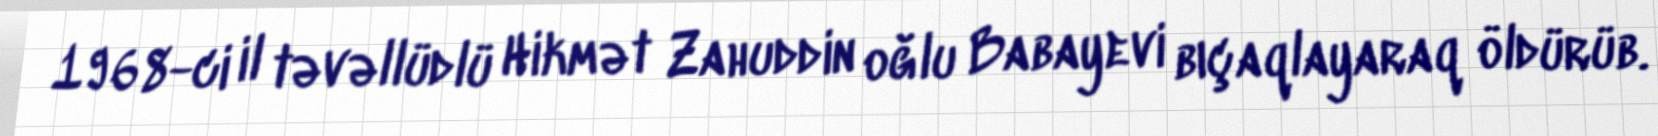
1968-ci il təvəllüdlü Hikmət Zahuddin oğlu Babayevi bıçaqlayaraq öldürüb.